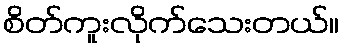
စိတ်ကူးလိုက်သေးတယ်။